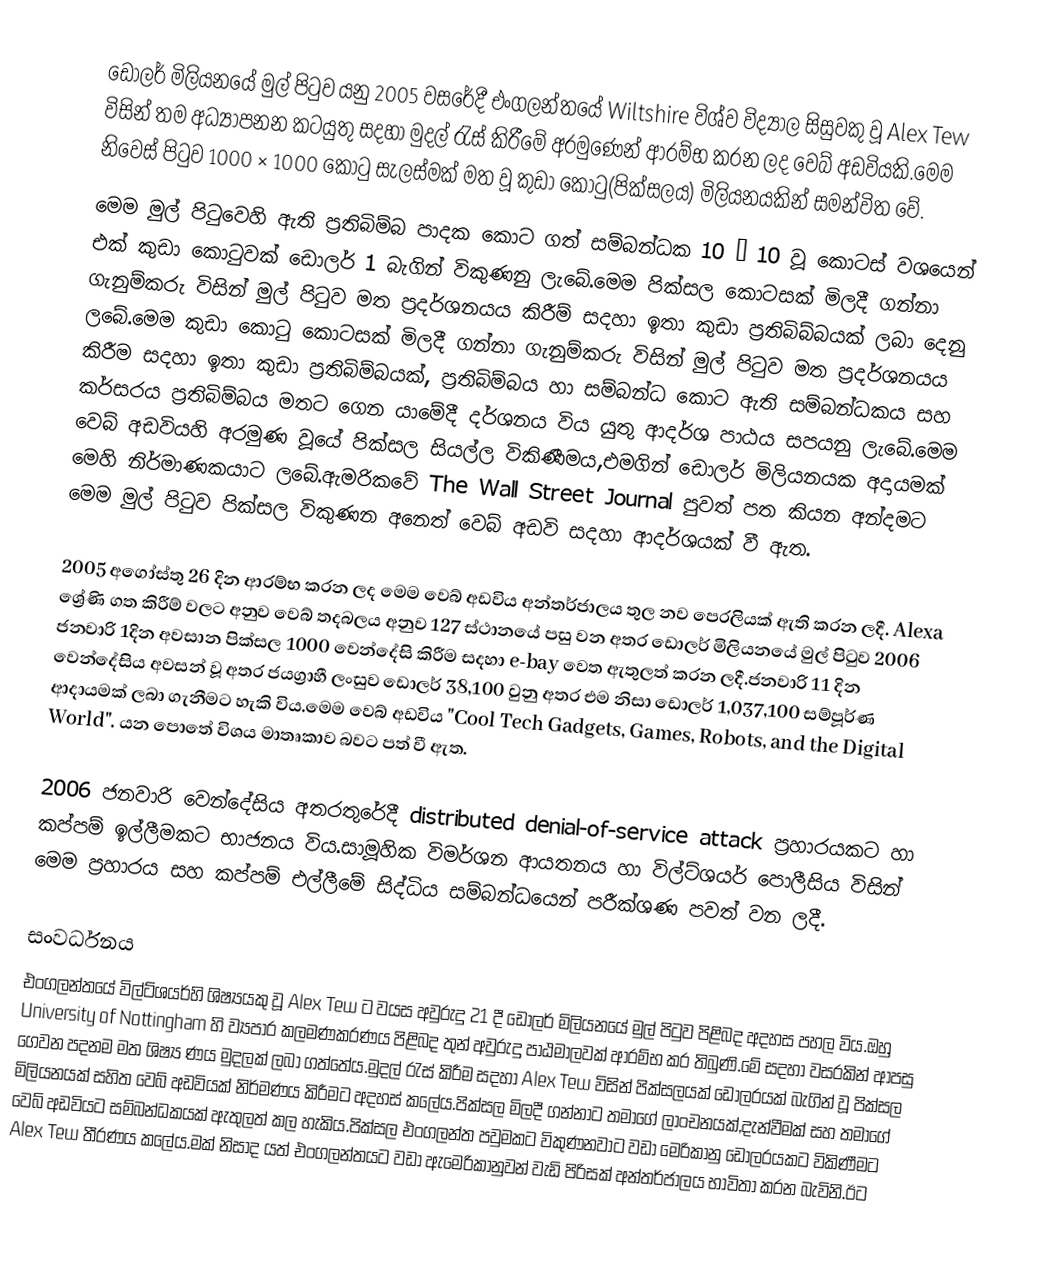
ඩොලර් මිලියනයේ මුල් පිටුව යනු 2005 වසරේදී එංගලන්තයේ Wiltshire විශ්ව විද්‍යාල සිසුවකු  වූ Alex Tew විසින් තම අධ්‍යාපනන කටයුතු සදහා මුදල්  රැස් කිරීමේ අරමුණෙන් ආරම්භ කරන ලද වෙබ් අඩවියකි.මෙම නිවෙස් පිටුව 1000 × 1000  කොටු සැලස්මක් මත වූ කුඩා කොටු(පික්සලය) මිලියනයකින් සමන්විත වේ.
මෙම මුල් පිටුවෙහි ඇති ප්‍රතිබිම්බ පාදක කොට ගත් සම්බන්ධක 10 × 10 වූ  කොටස් වශයෙන් එක් කුඩා කොටුවක් ඩොලර් 1 බැගින්  විකුණනු ලැබේ.මෙම පික්සල කොටසක් මිලදී ගන්නා ගැනුම්කරු විසින් මුල් පිටුව මත ප්‍රදර්ශනයය කිරීම් සදහා  ඉතා කුඩා ප්‍රතිබිබ්බයක් ලබා දෙනු ලබේ.මෙම කුඩා කොටු කොටසක් මිලදී ගන්නා ගැනුම්කරු විසින් මුල් පිටුව මත ප්‍රදර්ශනයය කිරීම සදහා  ඉතා කුඩා ප්‍රතිබිම්බයක්, ප්‍රතිබිම්බය හා සම්බන්ධ කොට ඇති සම්බන්ධකය සහ කර්සරය ප්‍රතිබිම්බය මතට ගෙන යාමේදී දර්ශනය විය යුතු ආදර්ශ පාඨය  සපයනු ලැබේ.මෙම වෙබ් අඩවියහි  අරමුණ වූයේ පික්සල සියල්ල විකිණීමය,එමගින් ඩොලර් මිලියනයක අදායමක් මෙහි නිර්මාණකයාට ලබේ.ඇමරිකවේ The Wall Street Journal පුවත් පත කියන අන්දමට  මෙම මුල් පිටුව පික්සල විකුණන අනෙත් වෙබ් අඩවි සදහා ආදර්ශයක් වී ඇත.

2005 අගෝස්තු 26 දින ආරම්භ කරන ලද මෙම වෙබ් අඩවිය අන්තර්ජාලය තුල නව පෙරලියක් ඇති කරන ලදී. Alexa ශ්‍රේණි ගත කිරීම් වලට අනුව  වෙබ් තදබලය අනුව 127 ස්ථානයේ පසු වන අතර ඩොලර් මිලියනයේ මුල් පිටුව 2006 ජනවාරි 1දින අවසාන පික්සල 1000 වෙන්දේසි කිරීම සදහා e-bay වෙත ඇතුලත් කරන ලදී.ජනවාරි 11 දින වෙන්දේසිය අවසන් වූ අතර ජයග්‍රාහී ලංසුව ඩොලර් 38,100 වුනු අතර එම නිසා ඩොලර් 1,037,100 සම්පූර්ණ ආදායමක් ලබා ගැනීමට හැකි විය.මෙම වෙබ් අඩවිය "Cool Tech Gadgets, Games, Robots, and the Digital World". යන පොතේ විශය මාතෘකාව බවට පත් වී ඇත.

2006 ජනවාරි වෙන්දේසිය අතරතුරේදී distributed denial-of-service attack ප්‍රහාරයකට හා කප්පම් ඉල්ලීමකට භාජනය විය.සාමූහික විමර්ශන ආයතනය හා විල්ට්ශයර් පොලීසිය විසින් මෙම ප්‍රහාරය සහ කප්පම් එල්ලීමේ සිද්ධිය සම්බන්ධයෙන් පරීක්ශණ පවත් වන ලදී.

සංවර්ධනය
එංගලන්තයේ විල්ට්ශයර්හි ශිෂ්‍යයකු  වූ Alex Tew  ට වයස අවුරුදු 21 දී ඩොලර් මිලියනයේ මුල් පිටුව පිළිබද අදහස පහල විය.ඔහු University of Nottingham හි ව්‍යපාර කලමණකරණය පිළිබද තුන් අවුරුදු පාඨමාලවක් ආරම්භ කර තිබුණි.මේ සදහා වසරකින් ආපසු ගෙවන පදනම මත ශිෂ්‍ය ණය මුදලක් ලබා ගත්තේය.මුදල් රැස් කිරීම සදහා Alex Tew  විසින් පික්සලයක් ඩොලරයක් බැගින් වූ පික්සල මිලියනයක් සහිත වෙබ් අඩවියක් නිර්මණය කිරීමට අදහස් කලේය.පික්සල මිලදී ගන්නාට තමාගේ ලාංචනයක්,දැන්වීමක් සහ තමාගේ වෙබ් අඩවියට සම්බන්ධකයක් ඇතුලත් කල හැකිය.පික්සල එංගලන්ත පවුමකට විකුණනවාට වඩා මෙරිකානු ඩොලරයකට විකිණීමට Alex Tew තීරණය කලේය.මක් නිසාද යත් එංගලන්තයට වඩා ඇමෙරිකානුවන් වැඩි පිරිසක් අන්තර්ජාලය භාවිතා කරන බැවිනි.ඊට